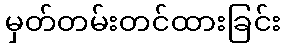
မှတ်တမ်းတင်ထားခြင်း